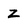
Character: Z